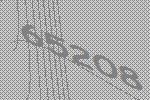
65208